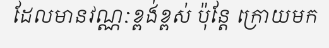
ដែលមានវណ្ណៈខ្ពង់ខ្ពស់ ប៉ុន្តែ ក្រោយមក